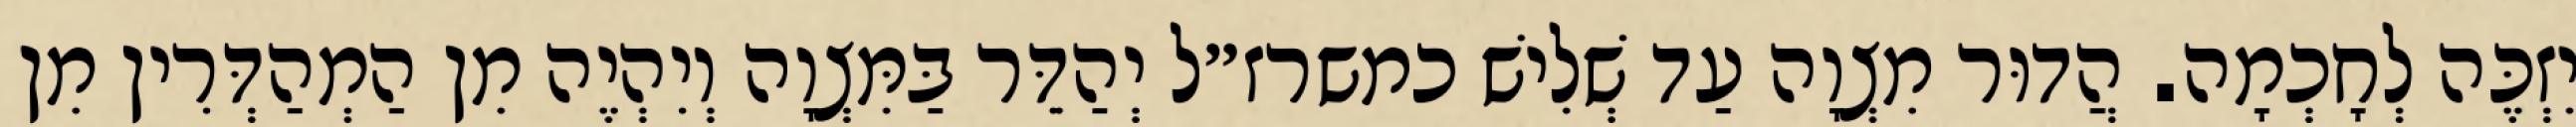
יִזְכֶּה לְחָכְמָה. הֲדוּר מִצְוָה עַד שְׁלִישׁ כמשרז״ל יְהַדֵּר בַּמִּצְוָה וְיִהְיֶה מִן הַמְהַדְּרִין מִן